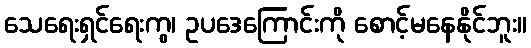
သေရေးရှင်ရေးကွ၊ ဥပဒေကြောင်းကို စောင့်မနေနိုင်ဘူး။